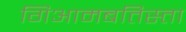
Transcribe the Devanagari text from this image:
गिआमबतिस्ता